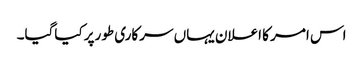
اس امر کا اعلان یہاں سرکاری طورپر کیاگیا۔